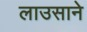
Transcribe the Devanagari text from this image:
लाउसाने